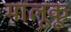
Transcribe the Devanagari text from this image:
मालूकू